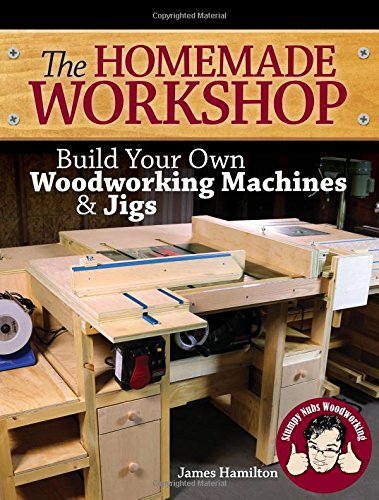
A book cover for The Homemade Workshop: Build Your Own Woodworking Machines and Jigs; James Hamilton; Crafts, Hobbies & Home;